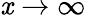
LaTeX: \mathit{x}\rightarrow\infty